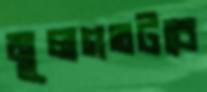
মূলগতটবে